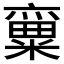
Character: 𱹡